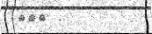
١٥٠